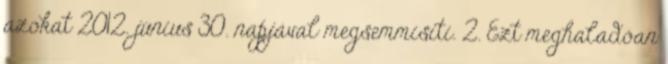
azokat 2012. június 30. napjával megsemmisíti. 2. Ezt meghaladóan